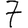
Digit: 7